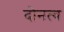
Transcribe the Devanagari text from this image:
दोनत्व